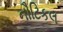
નૌટિકલ